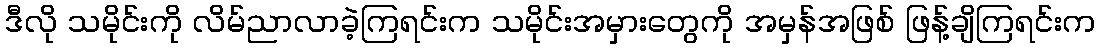
ဒီလို သမိုင်းကို လိမ်ညာလာခဲ့ကြရင်းက သမိုင်းအမှားတွေကို အမှန်အဖြစ် ဖြန့်ချိကြရင်းက